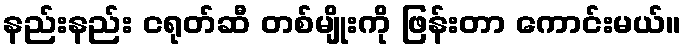
နည်းနည်း ငရုတ်ဆီ တစ်မျိုးကို ဖြန်းတာ ကောင်းမယ်။